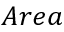
A r e a